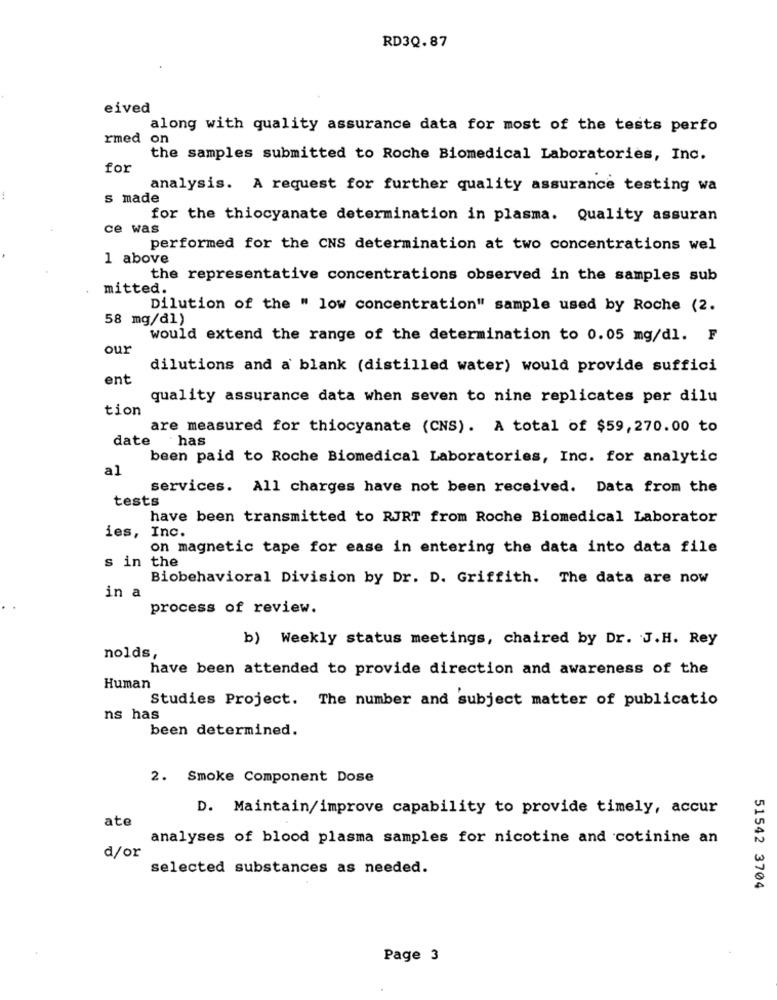
RD3Q.87
eived
along with quality assurance data for most of the tests perfo
rmed on
the samples submitted to Roche Biomedical Laboratories, Inc.
for
analysis. A request for further quality assurance testing wa
s made
for the thiocyanate determination in plasma. Quality assuran
ce was
performed for the CNS determination at two concentrations wel
1 above
the representative concentrations observed in the samples sub
mitted.
Dilution of the " low concentration" sample used by Roche (2.
58 mg/dl)
would extend the range of the determination to 0.05 mg/dl. F
our
dilutions and a blank (distilled water) would provide suffici
ent
quality assurance data when seven to nine replicates per dilu
tion
are measured for thiocyanate (CNS). A total of $59,270.00 to
date has
been paid to Roche Biomedical Laboratories, Inc. for analytic
al
services. All charges have not been received. Data from the
tests
have been transmitted to RJRT from Roche Biomedical Laborator
ies, Inc.
on magnetic tape for ease in entering the data into data file
s in the
Biobehavioral Division by Dr. D. Griffith. The data are now
in a
process of review.
b) Weekly status meetings, chaired by Dr. J.H. Rey
nolds,
have been attended to provide direction and awareness of the
Human
Studies Project. The number and subject matter of publicatio
ns has
been determined.
2. Smoke Component Dose
D. Maintain/improve capability to provide timely, accur
ate
analyses of blood plasma samples for nicotine and cotinine an
d/or
selected substances as needed.
51542 3704
Page 3